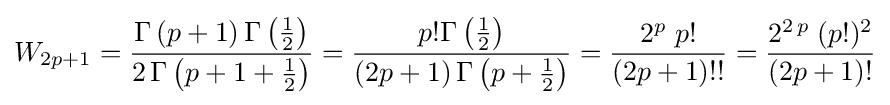
W_{2p+1}={\frac {\Gamma \left(p+1\right)\Gamma \left({\frac {1}{2}}\right)}{2\,\Gamma \left(p+1+{\frac {1}{2}}\right)}}={\frac {p!\Gamma \left({\frac {1}{2}}\right)}{(2p+1)\,\Gamma \left(p+{\frac {1}{2}}\right)}}={\frac {2^{p}\;p!}{(2p+1)!!}}={\frac {2^{2\,p}\;(p!)^{2}}{(2p+1)!}}